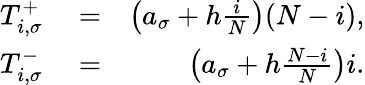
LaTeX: \begin{array}{rlr}{T_{i,\sigma}^{+}}&{{}=}&{\left(a_{\sigma}+h\frac{i}{N}\right)(N-i),}\\ {T_{i,\sigma}^{-}}&{{}=}&{\left(a_{\sigma}+h\frac{N-i}{N}\right)i.}\end{array}